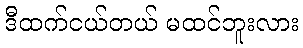
ဒီထက်ငယ်တယ် မထင်ဘူးလား